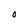
Character: O